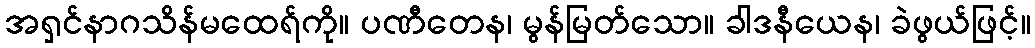
အရှင်နာဂသိန်မထေရ်ကို။ ပဏီတေန၊ မွန်မြတ်သော။ ခါဒနီယေန၊ ခဲဖွယ်ဖြင့်။